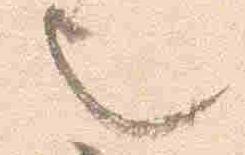
也